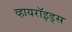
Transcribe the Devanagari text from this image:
व्हायरॉइड्स